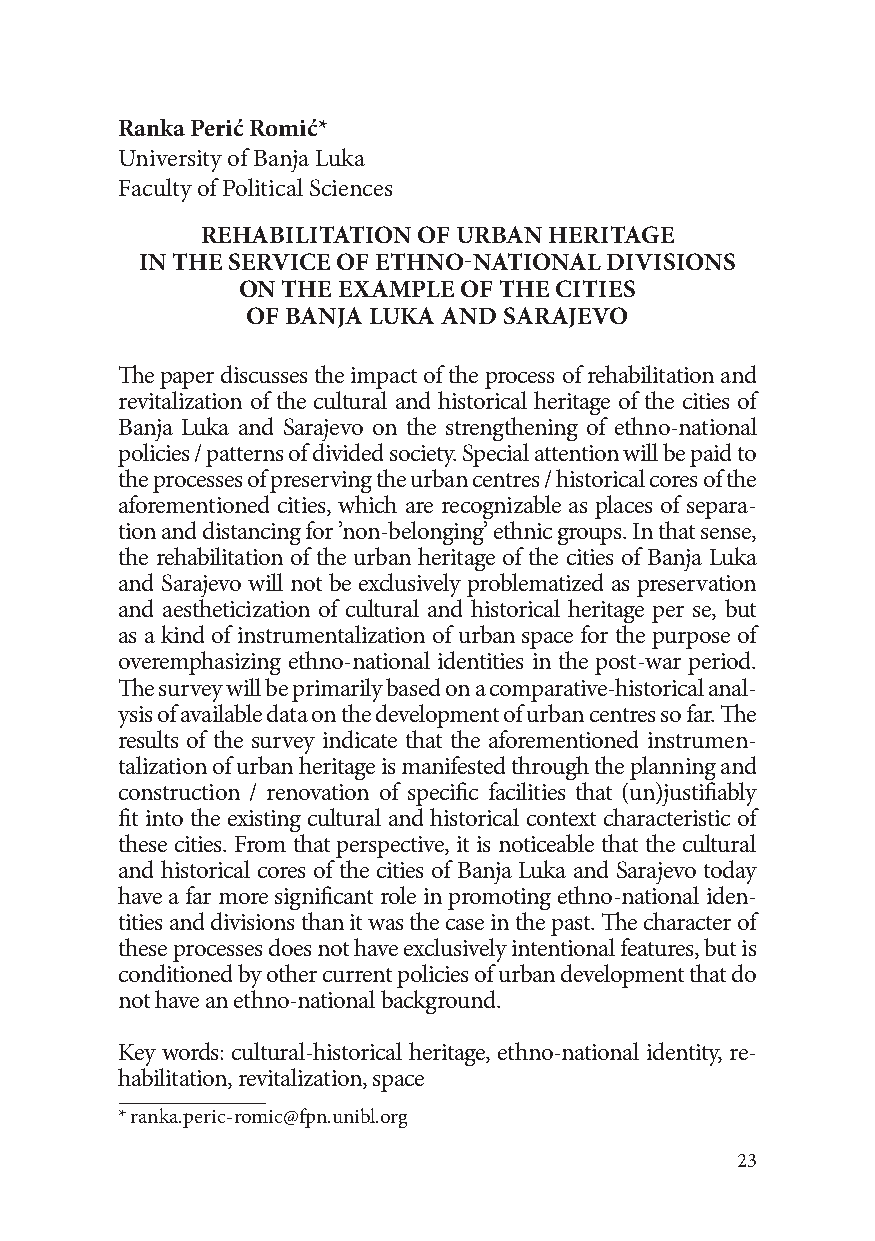
Ranka Perić Romić*
 University of Banja Luka
 Faculty of Political Sciences
 REHABILITATION OF URBAN HERITAGE
 IN THE SERVICE OF ETHNO-NATIONAL DIVISIONS
 ON THE EXAMPLE OF THE CITIES
 OF BANJA LUKA AND SARAJEVO
 The paper discusses the impact of the process of rehabilitation and
 revitalization of the cultural and historical heritage of the cities of
 Banja Luka and Sarajevo on the strengthening of ethno-national
 policies / patterns of divided society. Special attention will be paid to
 the processes of preserving the urban centres / historical cores of the
 aforementioned cities, which are recognizable as places of separa-
 tion and distancing for ’non-belonging’ ethnic groups. In that sense,
 the rehabilitation of the urban heritage of the cities of Banja Luka
 and Sarajevo will not be exclusively problematized as preservation
 and aestheticization of cultural and historical heritage per se, but
 as a kind of instrumentalization of urban space for the purpose of
 overemphasizing ethno-national identities in the post-war period.
 The survey will be primarily based on a comparative-historical anal-
 ysis of available data on the development of urban centres so far. The
 results of the survey indicate that the aforementioned instrumen-
 talization of urban heritage is manifested through the planning and
 construction / renovation of specific facilities that (un)justifiably
 fit into the existing cultural and historical context characteristic of
 these cities. From that perspective, it is noticeable that the cultural
 and historical cores of the cities of Banja Luka and Sarajevo today
 have a far more significant role in promoting ethno-national iden-
 tities and divisions than it was the case in the past. The character of
 these processes does not have exclusively intentional features, but is
 conditioned by other current policies of urban development that do
 not have an ethno-national background.
 Key words: cultural-historical heritage, ethno-national identity, re-
 habilitation, revitalization, space
 * ranka.peric-romic@fpn.unibl.org
 23